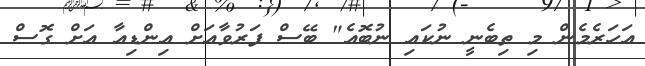
އަހަރެމެން މި ތިބެނީ ނުކައި ނުބޮއެ" ބޭސް ފަރުވާއަށް އިންޑިއާ އަށް ގޮސް